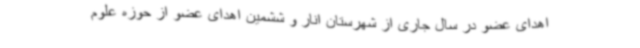
اهدای عضو در سال جاری از شهرستان انار و ششمین اهدای عضو از حوزه علوم